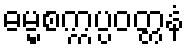
ဓမ္မစက္ကပ္ပဝတ္တနံ